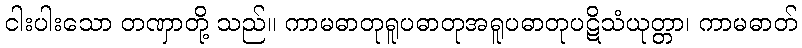
ငါးပါးသော တဏှာတို့ သည်။ ကာမဓာတုရူပဓာတုအရူပဓာတုပဋိသံယုတ္တာ၊ ကာမဓာတ်